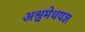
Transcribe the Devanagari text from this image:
अश्वमेधयज्ञ